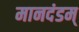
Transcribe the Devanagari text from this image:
मानदंडम्